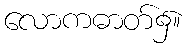
လောကဓာတ်၌။